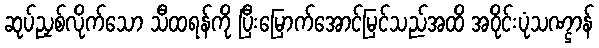
ဆုပ်ညှစ်လိုက်သော သီထရန်ကို ပြီးမြောက်အောင်မြင်သည်အထိ အဝိုင်းပုံသဏ္ဌာန်